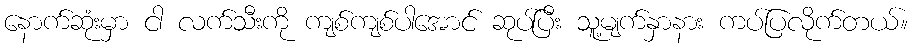
နောက်ဆုံးမှာ ငါ လက်သီးကို ကျစ်ကျစ်ပါအောင် ဆုပ်ပြီး သူ့မျက်နှာနား ကပ်ပြလိုက်တယ်။